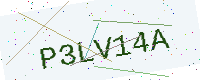
Text: P3LV14A